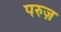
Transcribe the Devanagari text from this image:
परुज़